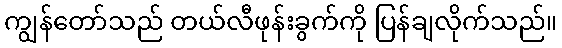
ကျွန်တော်သည် တယ်လီဖုန်းခွက်ကို ပြန်ချလိုက်သည်။